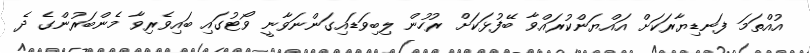
އުއްތަމަ ފަނޑިޔާރަކަށް އައްޔަންކުރައްވާ ބޭފުޅަކަށް ރުހުން ލިބިވަޑައިގަންނަވާނީ ވޯޓުގައި ބައިވެރިވާ މެންބަރުންގެ ދެ